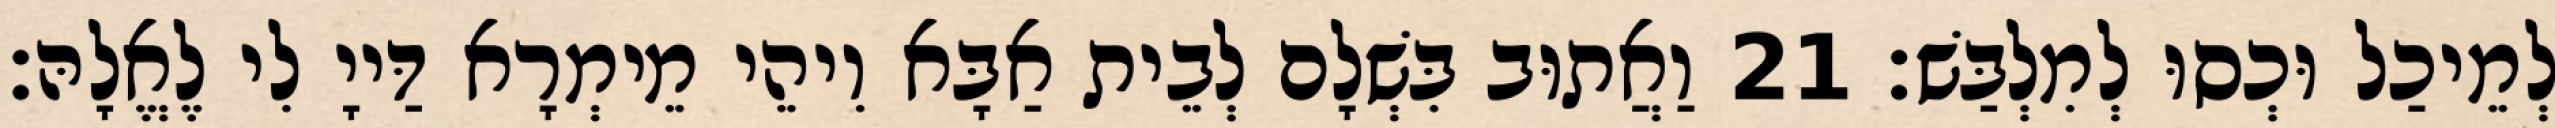
לְמֵיכַל וּכְסוּ לְמִלְבַּשׁ׃ 21 וַאֲתוּב בִּשְׁלָם לְבֵית אַבָּא וִיהֵי מֵימְרָא דַּייָ לִי לֶאֱלָהּ׃